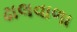
ઢાલવાળા